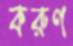
করুণ